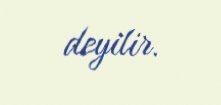
deyilir.